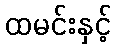
ထမင်းနှင့်